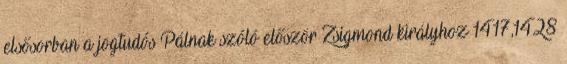
elsősorban a jogtudós Pálnak szóló először Zsigmond királyhoz 1417,1428